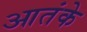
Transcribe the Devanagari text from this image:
आतंके